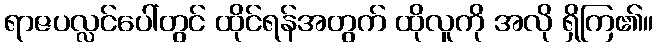
ရာဇပလ္လင်ပေါ်တွင် ထိုင်ရန်အတွက် ထိုလူကို အလို ရှိကြ၏။